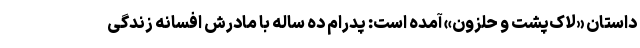
داستان «لاک‌پشت و حلزون» آمده است: پدرام ده ساله با مادرش افسانه زندگی